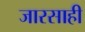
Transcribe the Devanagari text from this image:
जारसाही